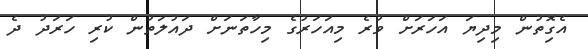
އެގިޮތުން މިދިޔަ އަހަރަށް ވުރެ މިއަހަރުގެ މިހާތަނަށް ދައުލަތުން ކުރި ހަރަދު ދެ